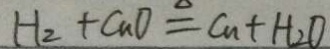
H _ { 2 } + C u O \xlongequal { \Delta } C u + H _ { 2 } O